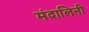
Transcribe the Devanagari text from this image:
मंदालिनी